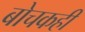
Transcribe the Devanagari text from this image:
बोचकही